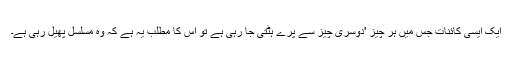
ایک ایسی کائنات جس میں ہر چیز 'دوسری چیز سے پرے ہٹتی جا رہی ہے تو اس کا مطلب یہ ہے کہ وہ مسلسل پھیل رہی ہے۔